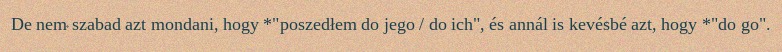
De nem szabad azt mondani, hogy *"poszedłem do jego / do ich", és annál is kevésbé azt, hogy *"do go".